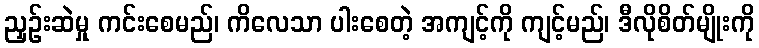
ညှဉ်းဆဲမှု ကင်းစေမည်၊ ကိလေသာ ပါးစေတဲ့ အကျင့်ကို ကျင့်မည်၊ ဒီလိုစိတ်မျိုးကို